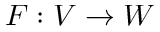
F : V \rightarrow W